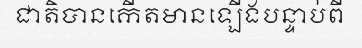
ជាតិបានកើតមានឡើងបន្ទាប់ពី